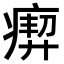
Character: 𤸞